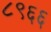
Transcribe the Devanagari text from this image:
८९६६